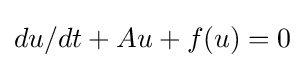
du/dt+Au+f(u)=0